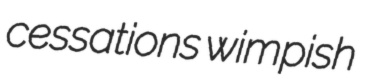
cessations wimpish